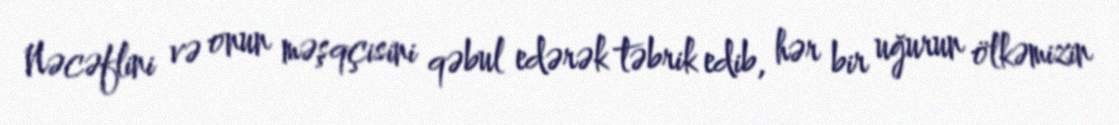
Nəcəflini və onun məşqçisini qəbul edərək təbrik edib, hər bir uğurun ölkəmizin